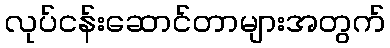
လုပ်ငန်းဆောင်တာများအတွက်